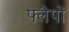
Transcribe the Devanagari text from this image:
फ्लैपों